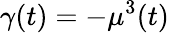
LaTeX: \gamma(t)=-\mu^{3}(t)